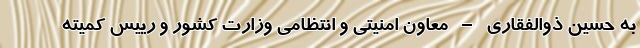
به حسین ذوالفقاری – معاون امنیتی و انتظامی وزارت کشور و رییس کمیته